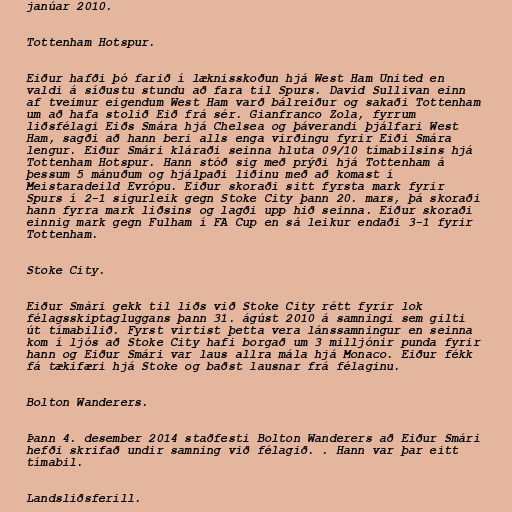
janúar 2010.

Tottenham Hotspur.

Eiður hafði þó farið í læknisskoðun hjá West Ham United en
valdi á síðustu stundu að fara til Spurs. David Sullivan einn
af tveimur eigendum West Ham varð bálreiður og sakaði Tottenham
um að hafa stolið Eið frá sér. Gianfranco Zola, fyrrum
liðsfélagi Eiðs Smára hjá Chelsea og þáverandi þjálfari West
Ham, sagði að hann beri alls enga virðingu fyrir Eiði Smára
lengur. Eiður Smári kláraði seinna hluta 09/10 tímabilsins hjá
Tottenham Hotspur. Hann stóð sig með prýði hjá Tottenham á
þessum 5 mánuðum og hjálpaði liðinu með að komast í
Meistaradeild Evrópu. Eiður skoraði sitt fyrsta mark fyrir
Spurs í 2-1 sigurleik gegn Stoke City þann 20. mars, þá skoraði
hann fyrra mark liðsins og lagði upp hið seinna. Eiður skoraði
einnig mark gegn Fulham í FA Cup en sá leikur endaði 3-1 fyrir
Tottenham.

Stoke City.

Eiður Smári gekk til liðs við Stoke City rétt fyrir lok
félagsskiptagluggans þann 31. ágúst 2010 á samningi sem gilti
út tímabilið. Fyrst virtist þetta vera lánssamningur en seinna
kom í ljós að Stoke City hafi borgað um 3 milljónir punda fyrir
hann og Eiður Smári var laus allra mála hjá Monaco. Eiður fékk
fá tækifæri hjá Stoke og baðst lausnar frá félaginu.

Bolton Wanderers.

Þann 4. desember 2014 staðfesti Bolton Wanderers að Eiður Smári
hefði skrifað undir samning við félagið. . Hann var þar eitt
tímabil.

Landsliðsferill.